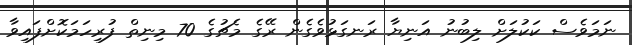
ނަމަވެސް ކަކުލަށް ލިބުނު އަނިޔާ ރަނގަޅުވެގެން ރޭގެ މެޗުގެ 70 މިނިތް ފުރިހަމަކޮށްފައިވާ